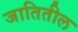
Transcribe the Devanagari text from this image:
जातितील